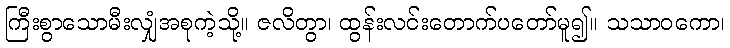
ကြီးစွာသောမီးလျှံအစုကဲ့သို့။ ဇလိတွာ၊ ထွန်းလင်းတောက်ပတော်မူ၍။ သသာဝကော၊